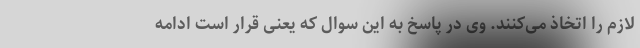
لازم را اتخاذ می‌کنند. وی در پاسخ به این سوال که یعنی قرار است ادامه